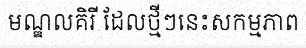
មណ្ឌលគិរី ដែលថ្មីៗនេះសកម្មភាព